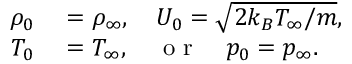
\begin{array} { r l } { \rho _ { 0 } } & { { } = \rho _ { \infty } , \quad U _ { 0 } = \sqrt { 2 k _ { B } T _ { \infty } / m } , } \\ { T _ { 0 } } & { { } = T _ { \infty } , \quad \mathrm { ~ o ~ r ~ } \quad p _ { 0 } = p _ { \infty } . } \end{array}